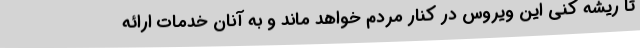
تا ریشه کنی این ویروس در کنار مردم خواهد ماند و به آنان خدمات ارائه